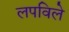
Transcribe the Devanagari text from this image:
लपविले